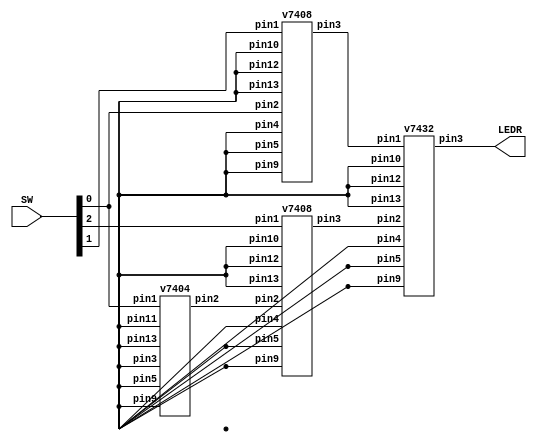
module mux2to1v (input [0:2]SW, output [0:0]LEDR);

	wire w1, w2, w3;

	v7404 u0 (SW[2],,,,,, w1,,,,,);
	v7408 u1 (SW[0], w1,,,,,,, w3,,,);
	v7408 u2 (SW[1], SW[2],,,,,,, w2,,,);
	v7432 u3 (w2, w3,,,,,,, LEDR[0],,,);

endmodule // mux2to1

module v7404 (input pin1, pin3, pin5, pin9, pin11, pin13,
		output pin2, pin4, pin6, pin8, pin10, pin12);

		assign pin2 = !pin1;
		assign pin4 = !pin3;
		assign pin6 = !pin5;
		assign pin8 = !pin9;
		assign pin10 = !pin11;
		assign pin12 = !pin13;

endmodule // 7404 NOT

module v7408 (input pin1, pin2, pin4, pin5, pin9, pin10, pin12, pin13,
		output pin3, pin6, pin8, pin11);

		assign pin3 = pin1 & pin2;
		assign pin6 = pin4 & pin5;
		assign pin8 = pin9 & pin10;
		assign pin11 = pin12 & pin13;

endmodule // 7408 AND

module v7432 (input pin1, pin2, pin4, pin5, pin9, pin10, pin12, pin13,
		output pin3, pin6, pin8, pin11);

		assign pin3 = pin1 | pin2;
		assign pin6 = pin4 | pin5;
		assign pin8 = pin9 | pin10;
		assign pin11 = pin12 | pin13;

endmodule // 7432 OR